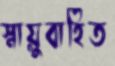
স্নায়ুবাহিত